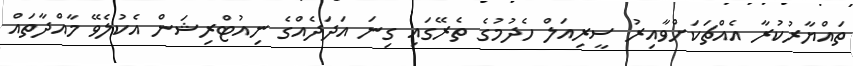
ތައްޔާރުކުރާ އެއްޗަކަށްވާއިރު ސީރިއަލް ހެދުމުގެ ތެރޭގައި ގިނަ އަދަދެއްގެ ނިއުޓްރިޝަން އެކުލެވޭ މާއްދާތައް